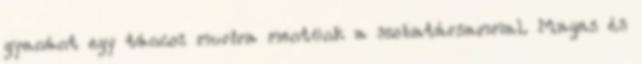
gyanánt egy táncos murira mentünk a szobatársammal. Magas és